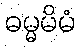
ဓမ္မမိမံ